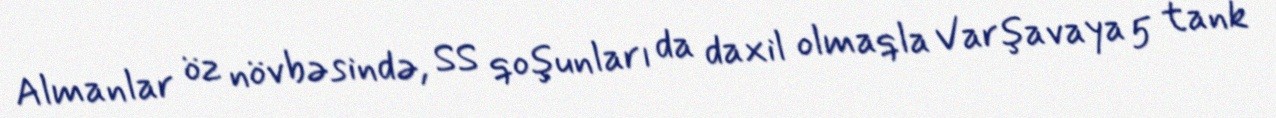
Almanlar öz növbəsində, SS qoşunları da daxil olmaqla Varşavaya 5 tank